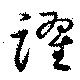
躍